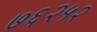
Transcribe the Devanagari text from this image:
७६२५२